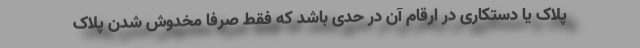
پلاک یا دستکاری در ارقام آن در حدی باشد که فقط صرفا مخدوش شدن پلاک